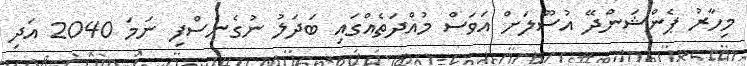
މިހާރު ޕެންޝަންދޭ އުސޫލަށް އަވަސް މުއްދަތެއްގައި ބަދަލު ނުގެނެސްފި ނަމަ 2040 އަދި